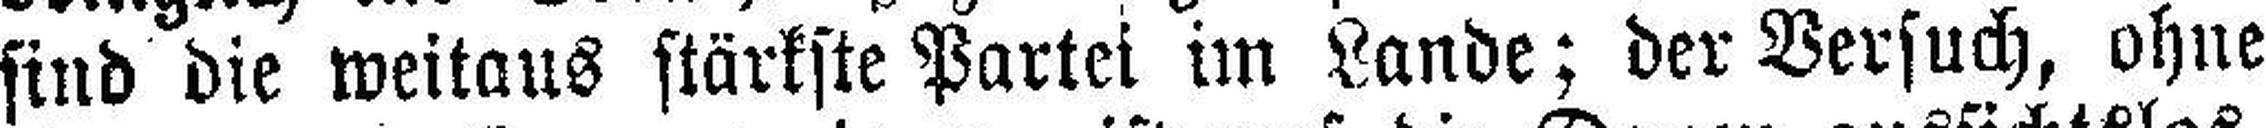
sind die weitaus stärkste Partei im Lande; der Versuch, ohne